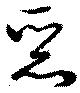
惡